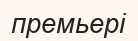
премьері